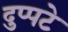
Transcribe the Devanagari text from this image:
दुप्पटे